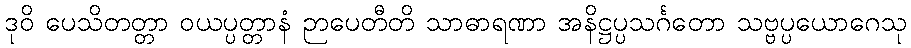
ဒုဝိ ပေသိတတ္တာ ဝယပ္ပတ္တာနံ ဉာပေတီတိ သာဓာရဏာ အနိဋ္ဌပ္ပသင်္ဂတော သဗ္ဗပ္ပယောဂေသု